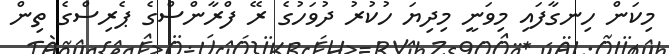
މިކަން ހިނގާފައި މިވަނީ މިދިޔަ ހުކުރު ދުވަހުގެ ރޭ ފްރާންސްގެ ޕެރިސްގެ ތިން